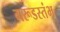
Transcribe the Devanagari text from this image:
गरूडस्तंभ